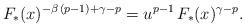
LaTeX: \begin{align*}F_*(x)^{-\beta\,(p-1)+\gamma-p}=u^{p-1}\, F_*(x)^{\gamma-p}.\end{align*}